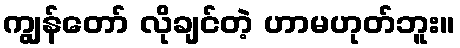
ကျွန်တော် လိုချင်တဲ့ ဟာမဟုတ်ဘူး။